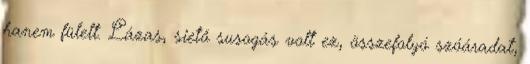
hanem fülelt. Lázas, siető susogás volt ez, összefolyó szóáradat,